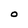
Character: O